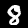
Label: 8